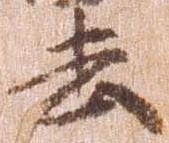
去